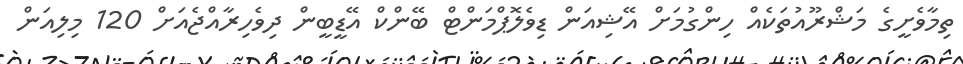
ތިމާވެށީގެ މަޝްރޫއުތަކެއް ހިންގުމަށް އޭޝިއަން ޑިވެލޮޕްމަންޓް ބޭންކް އޭޑީބީން ދިވެހިރާއްޖެއަށް 120 މިލިއަން